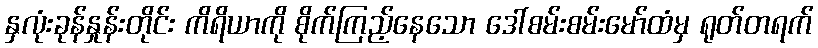
နှလုံးခုန်နှုန်းတိုင်း ကိရိယာကို စိုက်ကြည့်နေသော ဒေါ်စမ်းစမ်းမော်ထံမှ ရုတ်တရက်